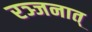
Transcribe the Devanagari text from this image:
रञ्जनात्